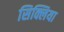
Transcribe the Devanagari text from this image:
सिक्लिया